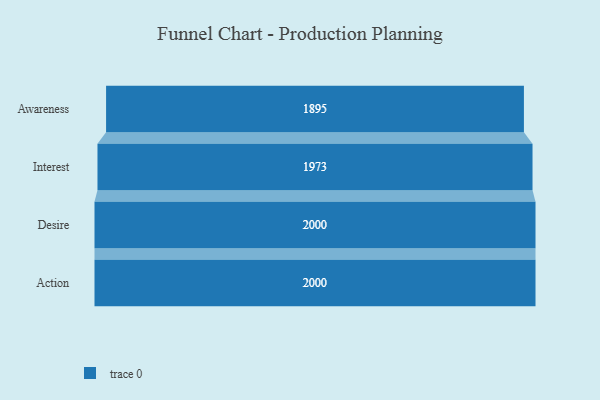
{"axis": {"x": "Stage", "y": "Value"}, "legend": [""], "data": [{"x": "Awareness", "y": 1895.0, "type": ""}, {"x": "Interest", "y": 1973.0, "type": ""}, {"x": "Desire", "y": 2000, "type": ""}, {"x": "Action", "y": 2000, "type": ""}]}